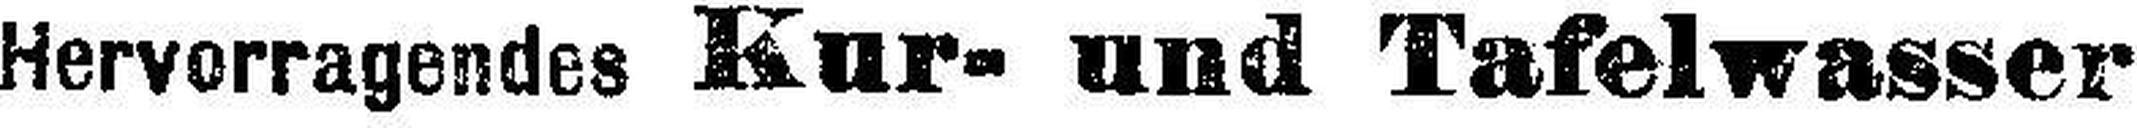
Hervorragendes Kur- und Tafelwasser